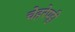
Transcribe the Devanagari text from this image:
चेहरेपट्टी